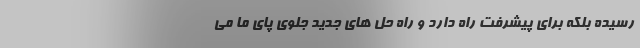
رسیده بلکه برای پیشرفت راه دارد و راه حل های جدید جلوی پای ما می